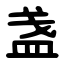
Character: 盏